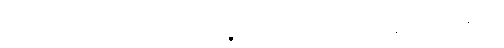
ဟောတိ၊ ၏။ (တထာ-သဒ္ဒေါ ပဉ္စဝေါကာရဘဝေ။ ပ။ ပစ္စယာ ရူပန္တိ ပဒံ